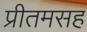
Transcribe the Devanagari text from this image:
प्रीतमसह